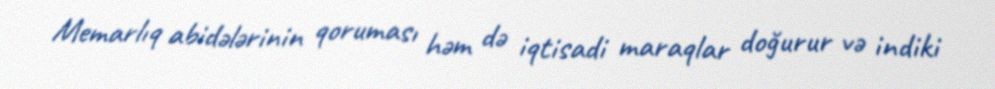
Memarlıq abidələrinin qoruması həm də iqtisadi maraqlar doğurur və indiki